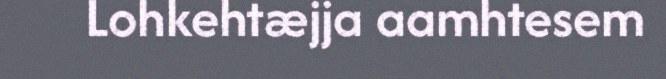
Lohkehtæjja aamhtesem